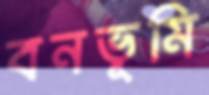
বনভূমি